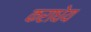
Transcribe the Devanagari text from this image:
कराधेय